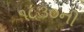
૧૮૩૦ની